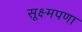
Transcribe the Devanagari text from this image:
सूक्ष्मपणा